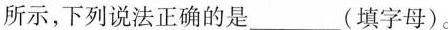
所示，下列说法正确的是____(填字母)。